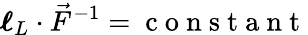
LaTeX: \boldsymbol{\mathbf{\ell}}_{L}\cdot\vec{F}^{-1}=\mathrm{~c~o~n~s~t~a~n~t~}